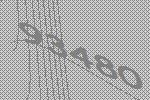
93480